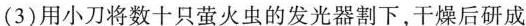
(3)用小刀将数十只萤火虫的发光器割下，干燥后研成